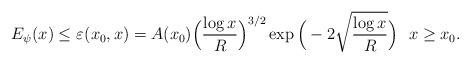
LaTeX: \begin{align*}E_{\psi}(x) \le \varepsilon_{}(x_0,x) = A(x_0) \Big( \frac{\log x}{R}\Big)^{3/2} \exp\Big( -2 \sqrt{\frac{\log x}{R}}\Big) \ \ x \ge x_0.\end{align*}